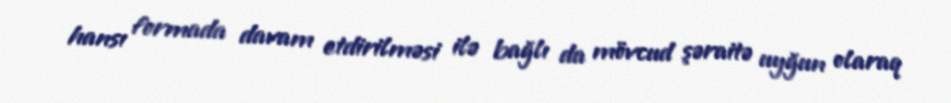
hansı formada davam etdirilməsi ilə bağlı da mövcud şəraitə uyğun olaraq